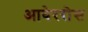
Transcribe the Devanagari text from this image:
आवेररोस